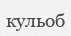
кульоб